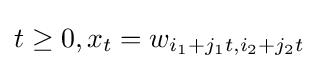
t\geq 0,x_{t}=w_{{i_{1}}+{j_{1}t},{i_{2}}+{j_{2}t}}